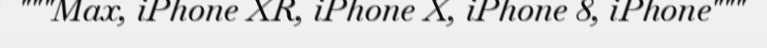
"""Max, iPhone XR, iPhone X, iPhone 8, iPhone"""